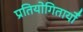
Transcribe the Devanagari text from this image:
प्रतियोगितायोँ